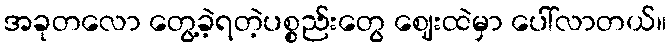
အခုတလော တွေ့ခဲ့ရတဲ့ပစ္စည်းတွေ ဈေးထဲမှာ ပေါ်လာတယ်။